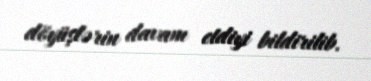
döyüşlərin davam etdiyi bildirilib.